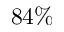
8 4 \%